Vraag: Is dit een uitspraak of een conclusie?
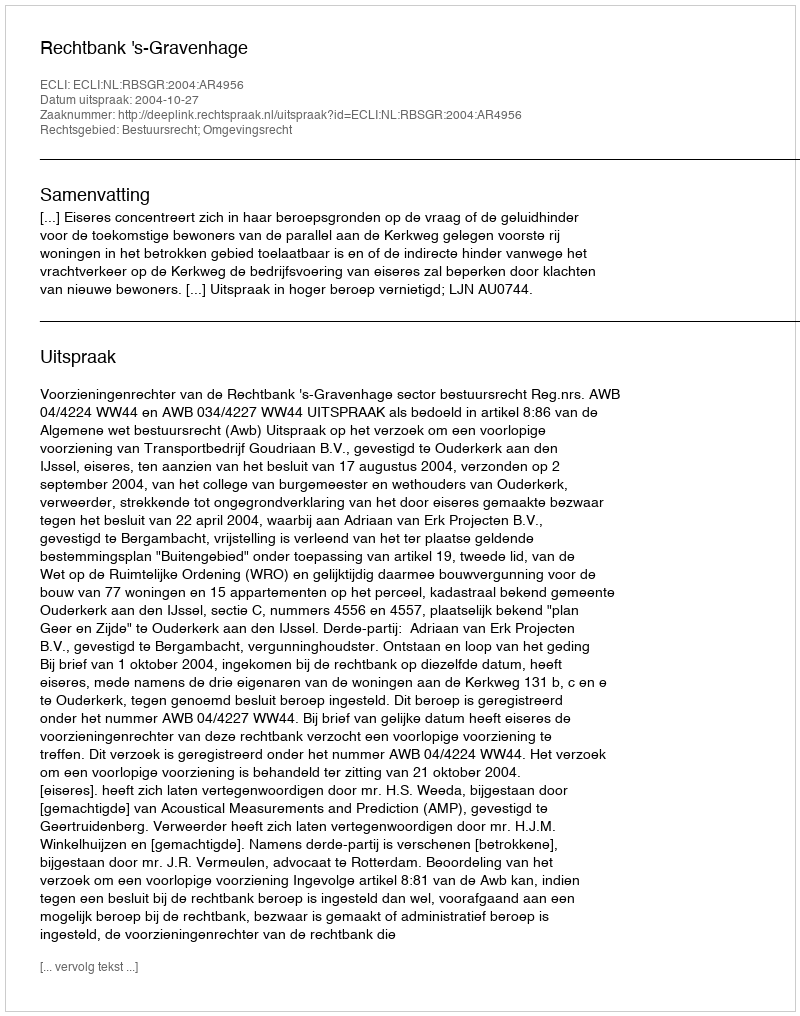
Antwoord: Uitspraak